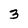
Character: 3